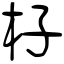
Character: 杍